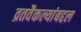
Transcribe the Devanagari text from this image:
व्रतवैकल्यांबद्दल